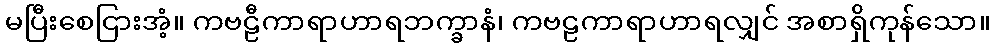
မပြီးစေငြားအံ့။ ကဗဠီကာရာဟာရဘက္ခာနံ၊ ကဗဠကာရာဟာရလျှင် အစာရှိကုန်သော။